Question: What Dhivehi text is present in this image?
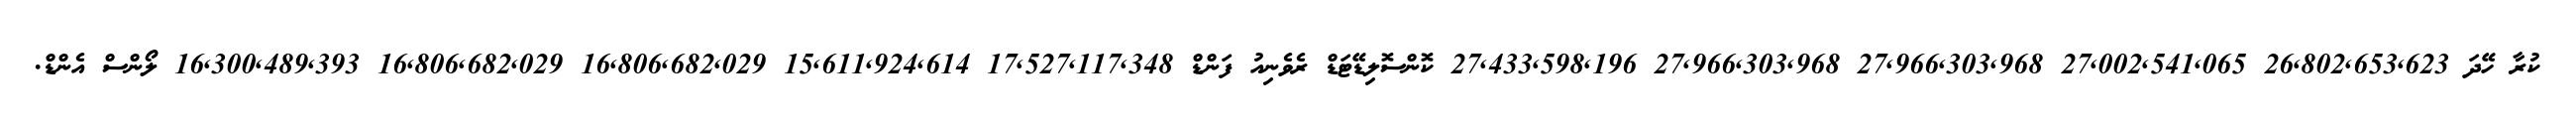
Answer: ކުރާ ހޭދަ 26,802,653,623 27,002,541,065 27,966,303,968 27,966,303,968 27,433,598,196 ކޮންސޮލިޑޭޓަޑް ރެވެނިއު ފަންޑް 17,527,117,348 15,611,924,614 16,806,682,029 16,806,682,029 16,300,489,393 ލޯންސް އެންޑް.